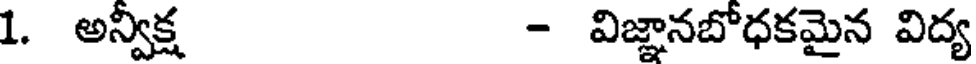
1. అన్విక్ష - విజ్ఞానబోధకమైన విద్య